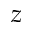
z